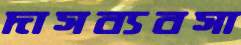
দাসব্যবসা